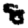
Digit: 8